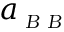
a _ { \scriptscriptstyle \textsl { B B } }